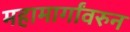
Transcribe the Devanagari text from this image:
महामार्गांवरुन